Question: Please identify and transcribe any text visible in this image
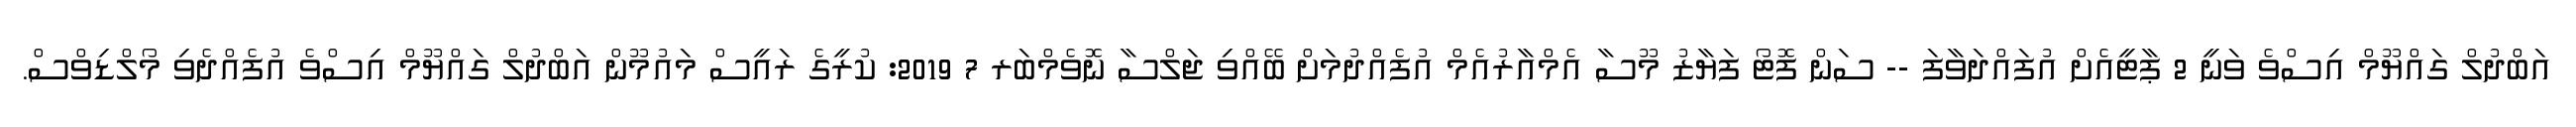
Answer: އަބްދުލް ގައްޔޫމް އިސްވެ ވަނީ 2 ޕާޓީއެށް އުފައްދަވާފަ -- ސަން ފޮޓޯ ފަޔާޒު މޫސާ އެމްއާރުއެމް އުފެއްދުމަށް ބޭއްވި ޖަލްސާ ނޮވެމްބަރ 7 2019: ކުރީގެ ރައީސް މައުމޫން އަބްދުލް ގައްޔޫމް އިސްވެ އުފެއްދެވި މޯލްޑިވްސް.